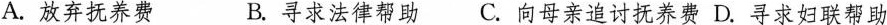
A.放弃抚养费 B.寻求法律帮助 C.向母亲追讨抚养费 D.寻求妇联帮助